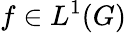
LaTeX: f\in L^{1}(G)